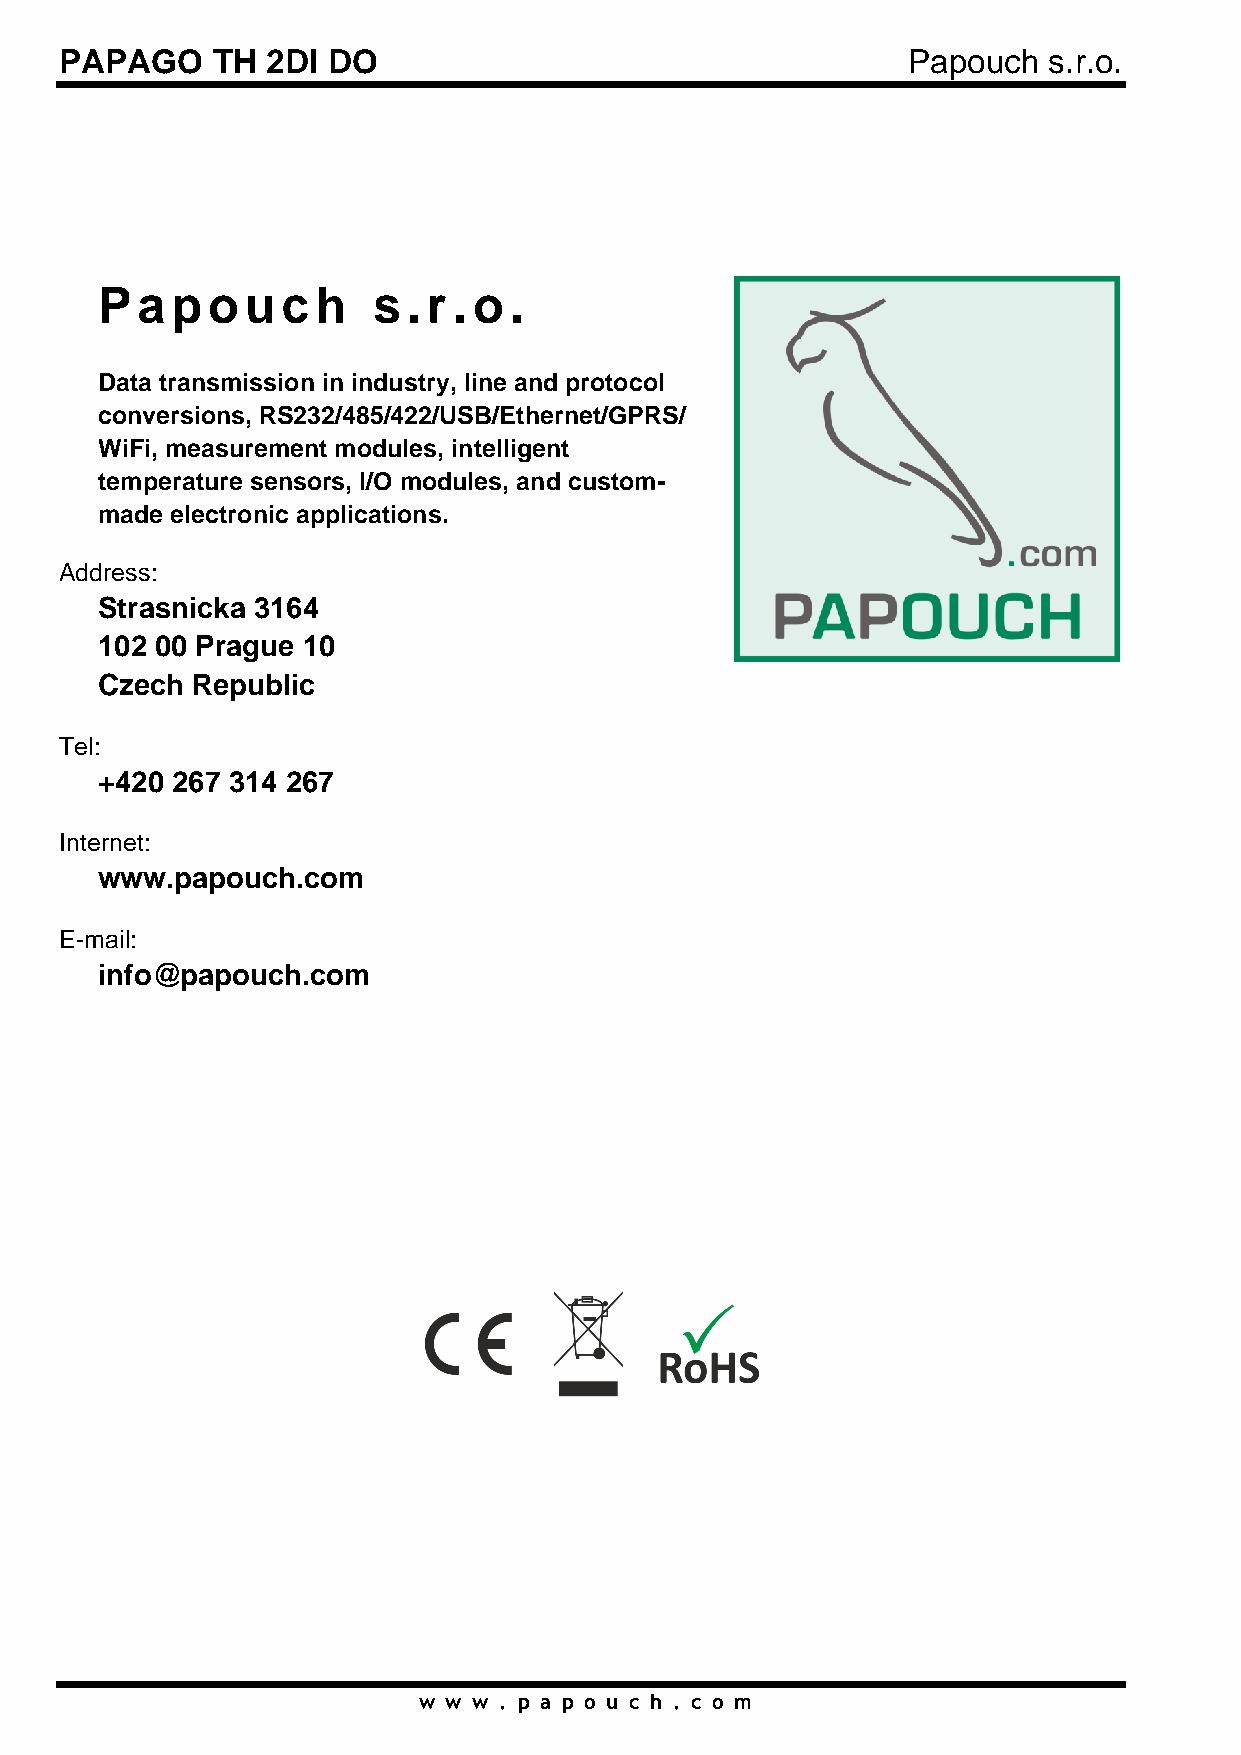
PAPAGO    TH  2DI DO                                    Papouch  s.r.o.
 Papouc         h   s. r. o.
 Data transmission in industry, line and protocol
 conversions, RS232/485/422/USB/Ethernet/GPRS/
 WiFi, measurement modules, intelligent
 temperature sensors, I/O modules, and custom-
 made electronic applications.
 Address:
 Strasnicka 3164
 102 00 Prague 10
 Czech  Republic
 Tel:
 +420 267 314 267
 Internet:
 www.papouch.com
 E-mail:
 info@papouch.com
 w w w . p a p o u c h . c o m